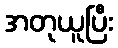
အတုယူပြီး